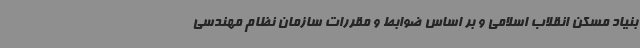
بنیاد مسکن انقلاب اسلامی و بر اساس ضوابط و مقررات سازمان نظام مهندسی